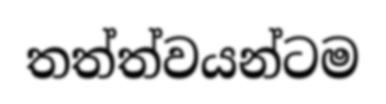
තත්ත්වයන්ටම